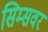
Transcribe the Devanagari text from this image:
सिम्सवर